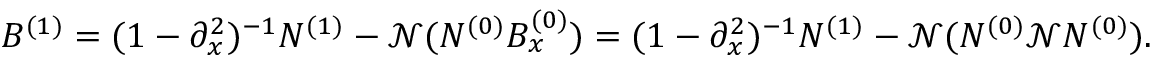
B ^ { ( 1 ) } = ( 1 - \partial _ { x } ^ { 2 } ) ^ { - 1 } N ^ { ( 1 ) } - \mathscr { N } ( N ^ { ( 0 ) } B _ { x } ^ { ( 0 ) } ) = ( 1 - \partial _ { x } ^ { 2 } ) ^ { - 1 } N ^ { ( 1 ) } - \mathscr { N } ( N ^ { ( 0 ) } \mathscr { N } N ^ { ( 0 ) } ) .